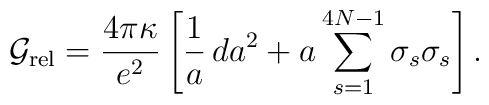
{\cal G}_{\rm rel}=\frac{4\pi\kappa}{e^2}\left[\frac{1}{a}\,da^2+a\sum_{s=1}^{4N-1}\sigma_s\sigma_s\right].